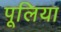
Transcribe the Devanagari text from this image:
पूलिया